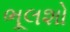
ભૂલશો